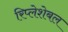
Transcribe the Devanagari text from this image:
रिप्लेशेबल